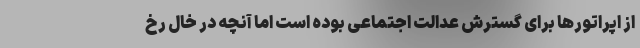
از اپراتورها برای گسترش عدالت اجتماعی بوده است اما آنچه در خال رخ